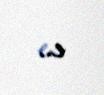
e..